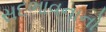
સદભાવનાનો